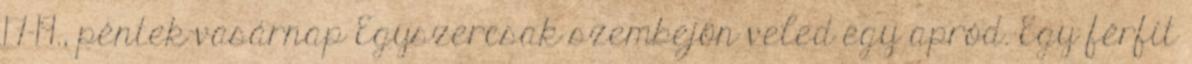
17-19., péntek-vasárnap Egyszercsak szembejön veled egy apród. Egy férfit